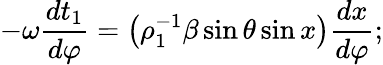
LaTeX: -\omega\frac{dt_{1}}{d\varphi}=\left(\rho_{1}^{-1}\beta\sin\theta\sin x\right)\frac{dx}{d\varphi};